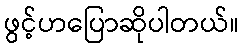
ဖွင့်ဟပြောဆိုပါတယ်။